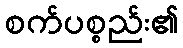
စက်ပစ္စည်း၏